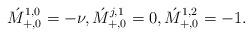
LaTeX: \begin{align*} \acute{M}_{{+},0}^{1,0} = -\nu, \acute{M}_{{+},0}^{j,1} = 0, \acute{M}_{{+},0}^{1,2} = -1.\end{align*}